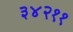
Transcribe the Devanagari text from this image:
३४२११